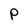
Character: p